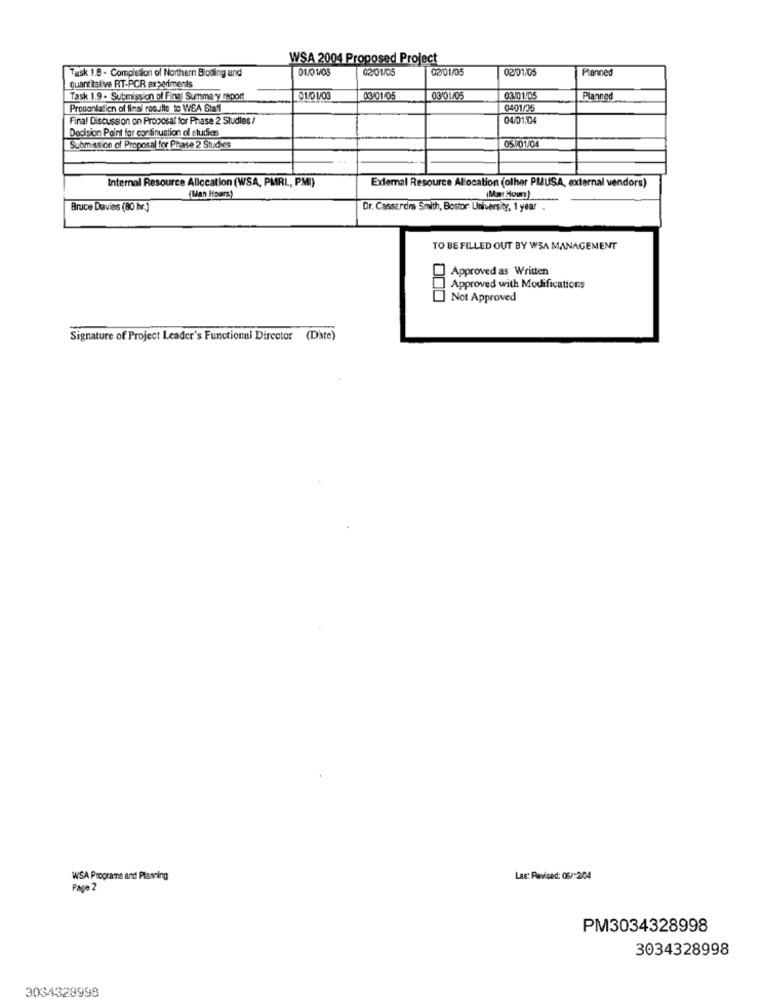
WSA 2004 Proposed Project
Task 1.8 . Compleson of Northern Blotting and
01/01/03
02/01/05
02/01/05
02/01105
Planned
quantitative RT-PCR experiments
Task 1.9 - Submission of Final Summary report
01/01/03
03/01/05
03/01/05
03/01/05
Planned
Prosonlation of final results to WEA Staff
0401/35
Final Discussion on Proposal for Phase 2 Studies /
04/01:04
Decision Point for continuation of studies
05/01/04
Submission of Proposal for Phase 2 Studies
Internal Resource Allocation (WSA, PMRL, PMI)
Exlemal Resource Alocation (olhar PMUSA, external vendors)
(Man Hours)
(Mm: Hour:)
Bruce Davies (80 hr.)
Dr. Casserdra Smith, Bostor University, 1 year .
TO BE FILLED OUT BY WSA MANAGEMENT
Approved as Written
Approved with Modifications
000
Not Approved
Signature of Project Leader's Functional Director (Date)
WSA Programs and Planning
Las: Revised: 06/-204
Page 2
PM3034328998
3034328998
3034328998